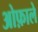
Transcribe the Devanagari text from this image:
ओफ़ाले